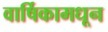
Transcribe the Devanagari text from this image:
वार्षिकामधून